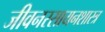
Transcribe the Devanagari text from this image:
जीवनरसायनशास्त्र